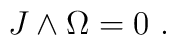
J \wedge \Omega = 0 \ .